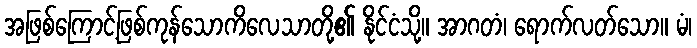
အဖြစ်ကြောင့်ဖြစ်ကုန်သောကိလေသာတို့၏ နိုင်ငံသို့။ အာဂတံ၊ ရောက်လတ်သော။ မံ၊